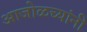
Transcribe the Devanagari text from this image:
आजोळच्यांनी